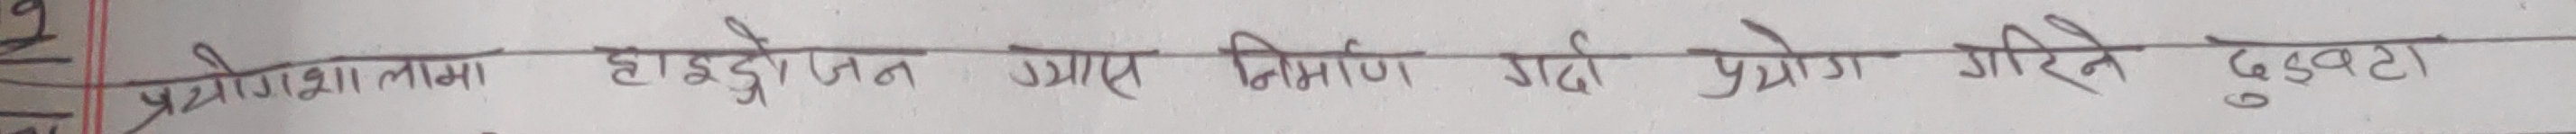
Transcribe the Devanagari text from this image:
प्रयोगशालामा हाइड्रोजन ग्यास निर्माण गर्दा प्रयोग गरिने दुवटा